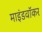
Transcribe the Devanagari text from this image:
माइंडवॉकर